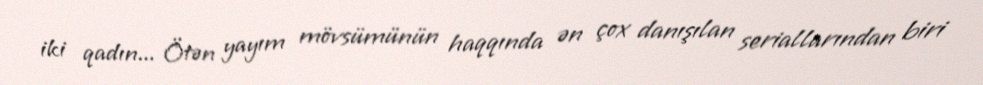
iki qadın... Ötən yayım mövsümünün haqqında ən çox danışılan seriallarından biri